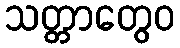
သတ္တာတွေဝ